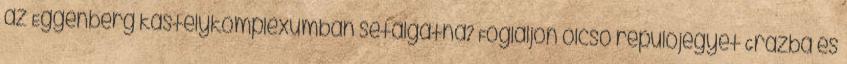
az Eggenberg kastélykomplexumban sétálgatna? Foglaljon olcsó repülőjegyet Grazba és